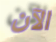
الآن